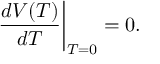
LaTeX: \left. \frac { d V ( T ) } { d T } \right| _ { T = 0 } = 0 .